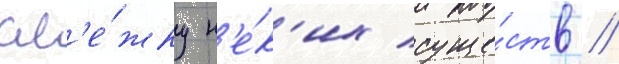
сл'е́жку н'е́к'их суще́ств //